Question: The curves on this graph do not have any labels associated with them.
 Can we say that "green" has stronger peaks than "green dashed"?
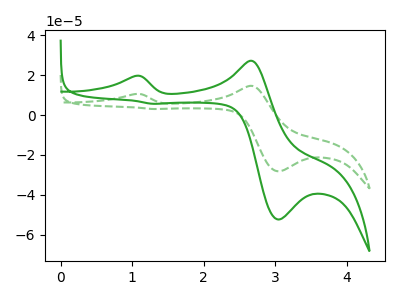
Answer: <think>The green curve "green" has anodic peaks at (1.05V, 19.65uA) (2.65V, 27.25uA) and cathodic peaks at (3.05V, -52.35uA) (1.30V, 5.65uA). The green dashed curve "green dashed" has anodic peaks at (1.05V, 10.55uA) (2.65V, 14.65uA) and cathodic peaks at (3.05V, -28.20uA) (1.30V, 3.05uA).</think>
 <answer>The peaks in "green" are neither all higher or all lower than the peaks in "green dashed".</answer>
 <eval>mixed</eval>